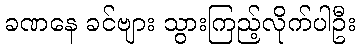
ခဏနေ ခင်ဗျား သွားကြည့်လိုက်ပါဦး